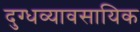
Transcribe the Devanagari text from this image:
दुग्धव्यावसायिक